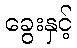
ခွေးနှင့်